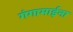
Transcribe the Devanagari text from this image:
गंगामाईना